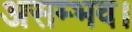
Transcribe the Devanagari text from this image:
असम्भव।